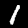
Digit: 1